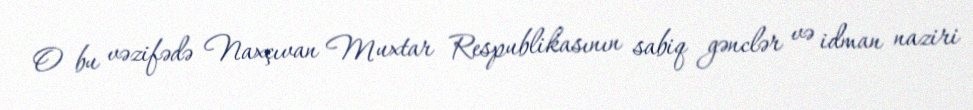
O bu vəzifədə Naxçıvan Muxtar Respublikasının sabiq gənclər və idman naziri